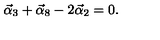
\vec { \alpha } _ { 3 } + \vec { \alpha } _ { 8 } - 2 \vec { \alpha } _ { 2 } = 0 .